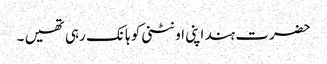
حضرت ہند اپنی اونٹنی کو ہانک رہی تھیں ۔